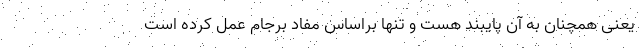
یعنی همچنان به آن پایبند هست و تنها براساس مفاد برجام عمل کرده است